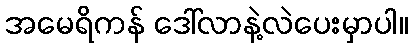
အမေရိကန် ဒေါ်လာနဲ့လဲပေးမှာပါ။